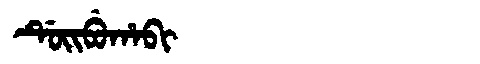
Manchu: ᡩᡠᡳᠪᡠᡥᠠᠪᡳ
Romanization: DUIBUHABI